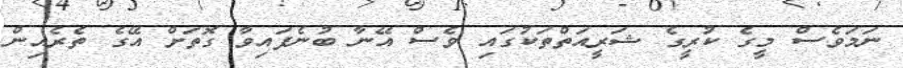
ނަމަވެސް މީގެ ކުރީގެ ޝަރީއަތްތަކުގައި ވެސް އޭނާ ބުނެފައިވާ ގޮތަށް އޭގެ ތެރެއިން